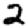
Digit: 2